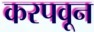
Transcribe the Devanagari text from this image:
करपवून